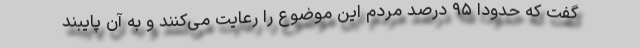
گفت که حدودا ۹۵ درصد مردم این موضوع را رعایت می‌کنند و به آن پایبند